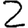
Digit: 2